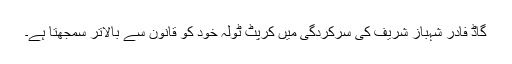
گاڈ فادر شہباز شریف کی سرکردگی میں کرپٹ ٹولہ خود کو قانون سے بالاتر سمجھتا ہے۔